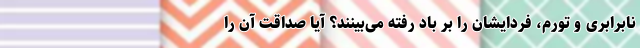
نابرابری و تورم، فردایشان را بر باد رفته می‌بینند؟ آیا صداقتِ آن را